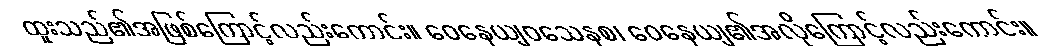
ထူးသည်၏အဖြစ်ကြောင့်လည်းကောင်း။ ဝေနေယျဝသေနစ၊ ဝေနေယျ၏အလိုကြောင့်လည်းကောင်း။